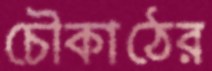
চৌকাঠের